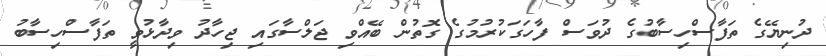
ދުނިޔޭގެ ތަފާސްހިސާބުގެ ދުވަސް ފާހަގަކުރުމުގެ ގޮތުން ބޭއްވި ޖަލްސާގައި ޖިހާދު ވިދާޅުވީ ތަފާސްހިސާބު